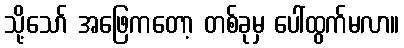
သို့သော် အဖြေကတော့ တစ်ခုမှ ပေါ်ထွက်မလာ။